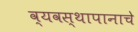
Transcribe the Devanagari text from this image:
व्यवस्थापानाचे